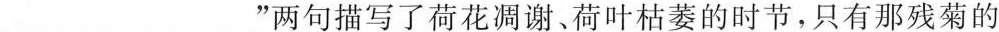
___”两句描写了荷花凋谢、荷叶枯萎的时节，只有那残菊的